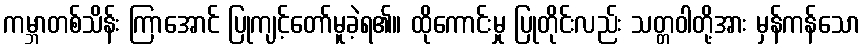
ကမ္ဘာတစ်သိန်း ကြာအောင် ပြုကျင့်တော်မူခဲ့ရ၏။ ထိုကောင်းမှု ပြုတိုင်းလည်း သတ္တဝါတို့အား မှန်ကန်သော